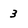
Character: 3